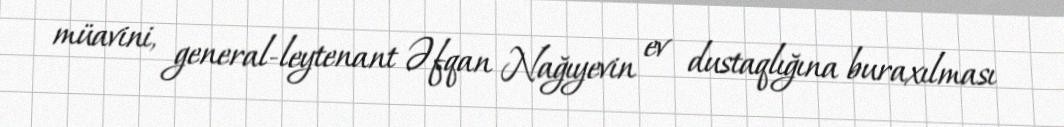
müavini, general-leytenant Əfqan Nağıyevin ev dustaqlığına buraxılması